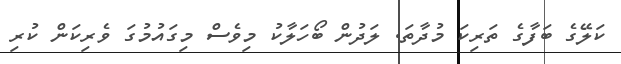
ކަލޭގެ ބަފާގެ ތަރިކަ މުދާތަ. ލަދުން ބޯހަލާކު މިވެސް މިގައުމުގަ ވެރިކަން ކުރި